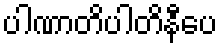
ပါဏာတိပါတိနီပေ